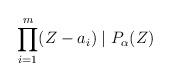
LaTeX: \begin{align*}\prod_{i=1}^{m}(Z-a_i)\mid P_\alpha(Z)\end{align*}